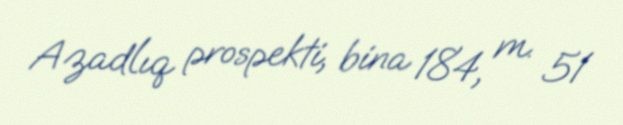
Azadlıq prospekti, bina 184, m. 51